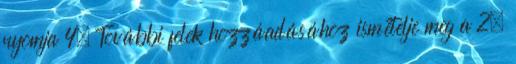
nyomja 4. További felek hozzáadásához ismételje meg a 2.